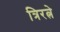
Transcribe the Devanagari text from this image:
त्रिरत्ने